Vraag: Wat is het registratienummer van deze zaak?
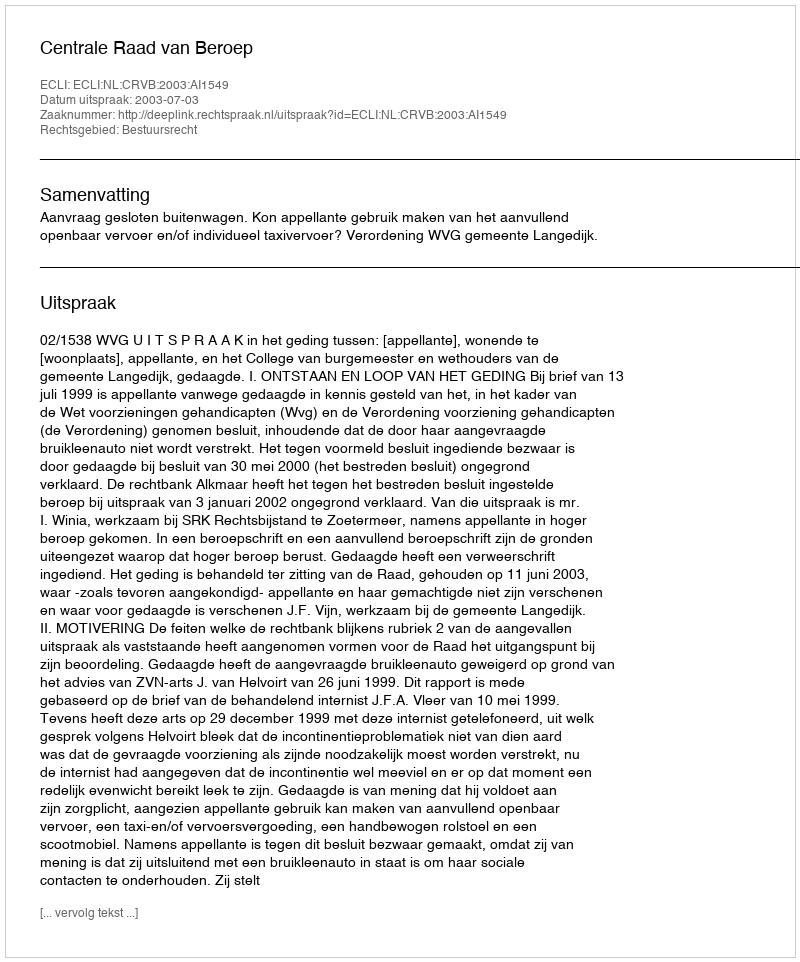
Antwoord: http://deeplink.rechtspraak.nl/uitspraak?id=ECLI:NL:CRVB:2003:AI1549